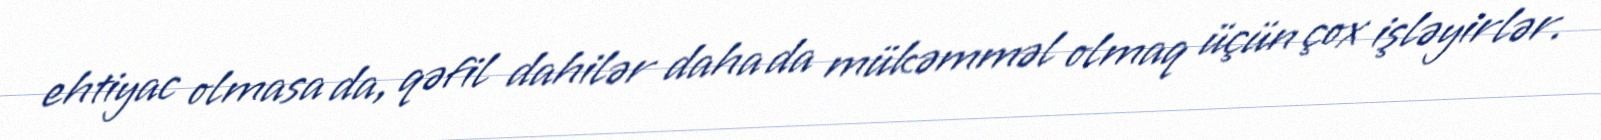
ehtiyac olmasa da, qəfil dahilər daha da mükəmməl olmaq üçün çox işləyirlər.